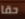
حقا